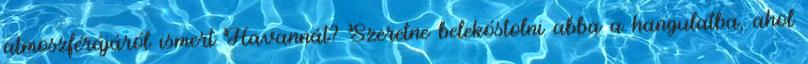
atmoszférájáról ismert Havannát? Szeretne belekóstolni abba a hangulatba, ahol